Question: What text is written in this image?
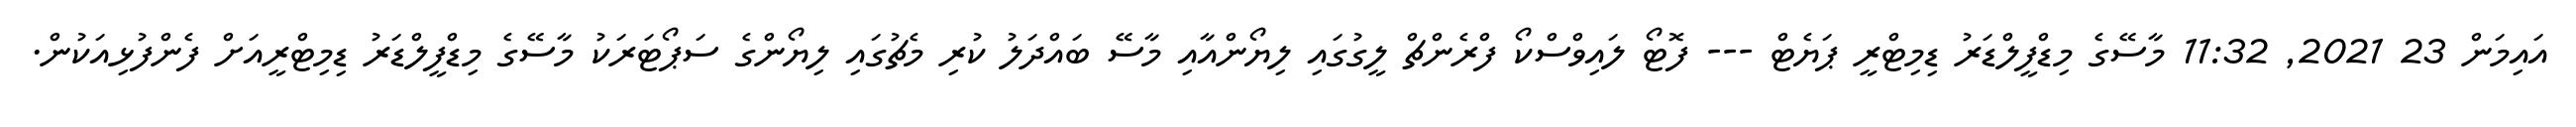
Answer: އައިމަން 23 2021, 11:32 މާސޭގެ މިޑްފީލްޑަރު ޑިމިޓްރީ ޕަޔެޓް --- ފޮޓޯ ލައިވްސްކޯ ފްރެންޗް ލީގުގައި ލިޔޯންއާއި މާސޭ ބައްދަލު ކުރި މެޗުގައި ލިޔޯންގެ ސަޕޯޓަރަކު މާސޭގެ މިޑްފީލްޑަރު ޑިމިޓްރީއަށް ފެންފުޅިއަކުން.